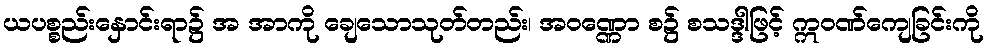
ယပစ္စည်းနှောင်းရာ၌ အ အာကို ချေသောသုတ်တည်း၊ အဝဏ္ဏော စ၌ စသဒ္ဒါဖြင့် ဣဝဏ်ကျေခြင်းကို